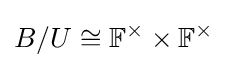
B/U\cong \mathbb {F} ^{\times }\times \mathbb {F} ^{\times }